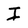
Character: I